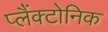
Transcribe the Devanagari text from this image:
प्लैंक्टोनिक